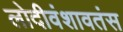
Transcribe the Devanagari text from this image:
लोदीवंशावतंस